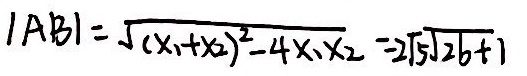
\vert A B \vert = \sqrt { ( x _ { 1 } + x _ { 2 } ) ^ { 2 } - 4 x _ { 1 } x _ { 2 } } = 2 \sqrt { 5 } \sqrt { 2 b + 1 }